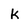
Character: k